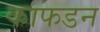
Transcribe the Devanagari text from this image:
काफडन